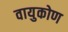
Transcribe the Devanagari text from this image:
वायुकोण